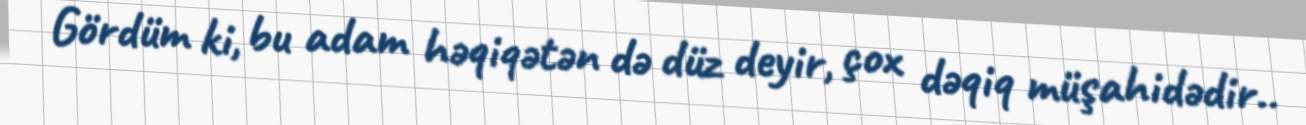
Gördüm ki, bu adam həqiqətən də düz deyir, çox dəqiq müşahidədir..